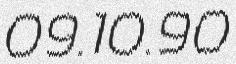
09.10.90